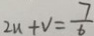
2 u + v = \frac { 7 } { 6 }